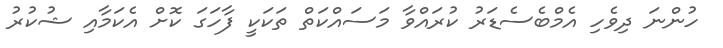
ހުންނަ ދިވެހި އެމްބެސެޑަރު ކުރައްވާ މަސައްކަތް ތަކަކީ ފާހަގަ ކޮށް އެކަމާއި ޝުކުރު